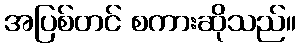
အပြစ်တင် စကားဆိုသည်။